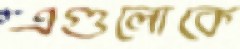
এগুলোকে